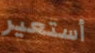
أستعير